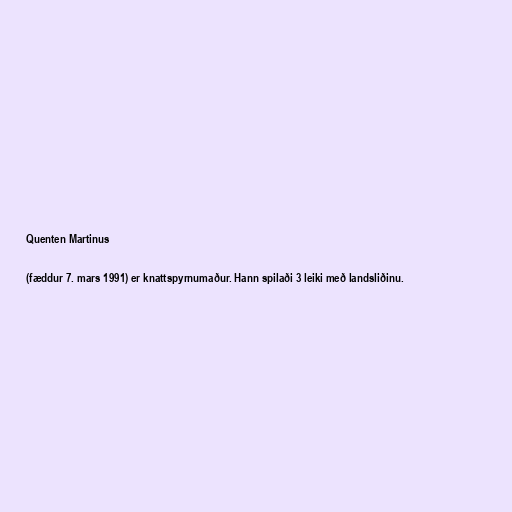
Quenten Martinus

(fæddur 7. mars 1991) er knattspyrnumaður. Hann spilaði 3 leiki með landsliðinu.